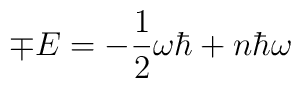
\mp E=-\frac{1}{2}\omega\hbar + n\hbar\omega